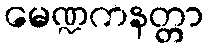
မေဏ္ဍကနတ္တာ